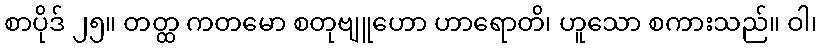
စာပိုဒ် ၂၅။ တတ္ထ ကတမော စတုဗျူဟော ဟာရောတိ၊ ဟူသော စကားသည်။ ဝါ၊